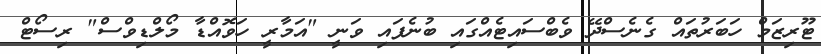
ޓޫރިޒަމް ހަބަރުތައް ގެނެސްދޭ ވެބްސައިޓެއްގައި ބުނެފައި ވަނީ "އަމާރީ ހަވޮއްޑާ މޯލްޑިވްސް" ރިސޯޓް